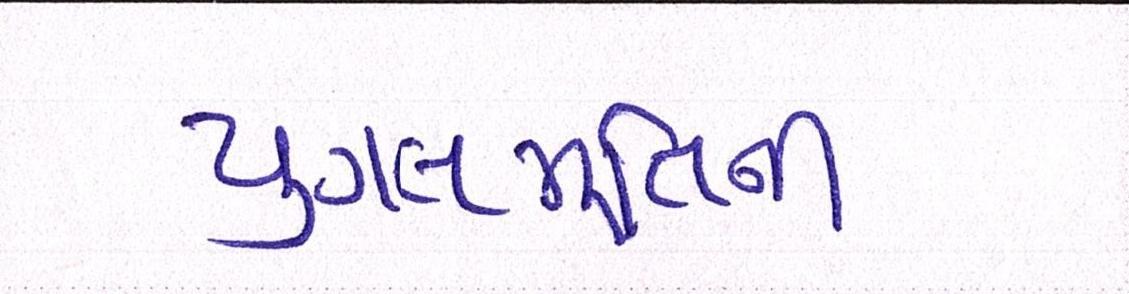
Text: યુગલમૂર્તિની